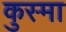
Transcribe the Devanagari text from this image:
कुस्मा